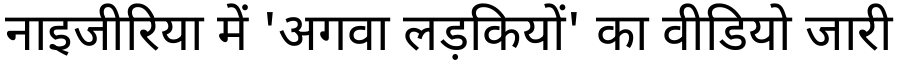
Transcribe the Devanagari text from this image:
नाइजीरिया में 'अगवा लड़कियों' का वीडियो जारी